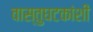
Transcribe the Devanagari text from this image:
वास्तुघटकांशी